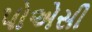
પોએસી